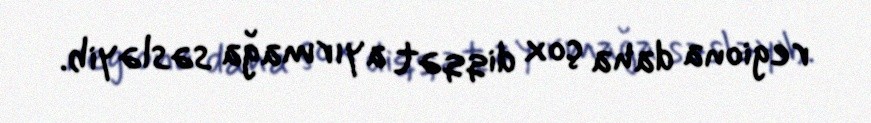
regiona daha çox diqqət ayırmağa səsləyib.